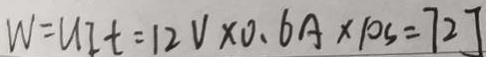
W = U I t = 1 2 V \times 0 . 6 A \times 1 0 s = 7 2 J